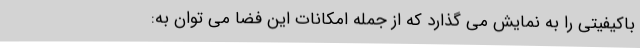
باکیفیتی را به نمایش می گذارد که از جمله امکانات این فضا می توان به: